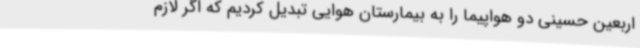
اربعین حسینی دو هواپیما را به بیمارستان هوایی تبدیل کردیم که اگر لازم